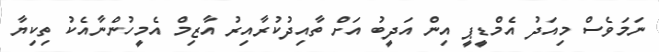
ނަމަވެސް މިއަދު އެމްޑީޕީ އިން އަދީބު އަށް ތާއިދުކުރާއިރު އާޒިމް އެމީހުންނާއެކު ތިކިޔާ